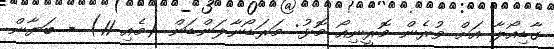
ގާޑިއޯލާ އަށް ވުރެން މޮރީނިއޯ މޮޅު: މަރަޑޯނާލަންޑަން (މެއި 11) - ބަޔާން